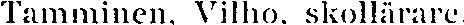
Tamminen, Vilho. skollärare